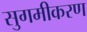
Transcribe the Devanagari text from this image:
सुगमीकरण